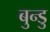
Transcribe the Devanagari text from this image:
बुन्डु